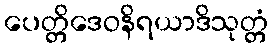
ပေတ္တိဒေဝနိရယာဒိသုတ္တံ